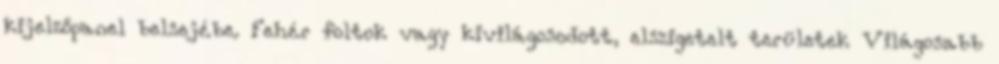
kijelzőpanel belsejébe. Fehér foltok vagy kivilágosodott, elszigetelt területek Világosabb